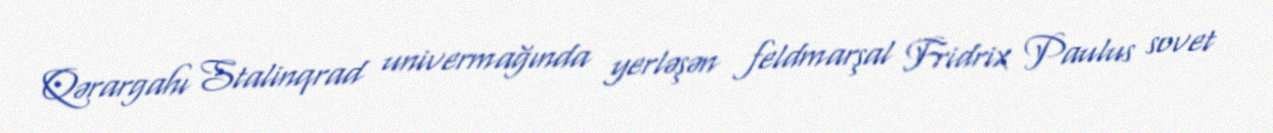
Qərargahı Stalinqrad univermağında yerləşən feldmarşal Fridrix Paulus sovet